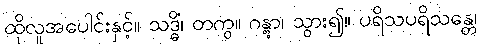
ထိုလူအပေါင်းနှင့်။ သဒ္ဓိံ၊ တကွ။ ဂန္တွာ၊ သွား၍။ ပရိသပရိသန္တေ၊